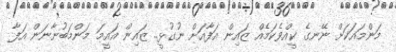
މަންމައަކަށް ނޭނގެ ކީއްވެކަމެއް ޒައިން އަފާއަށް ނުގުޅީ.. ޒައިން އައީމަ މަންމަބުނާނަން އަފާ